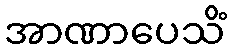
အာဏာပေသိံ